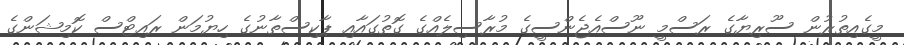
މީގެއިތުރުން ސޫރިޔާގެ ރަސްމީ ނޫސްއެޖެންސީގެ މުރާސިލެއްގެ ގޮތުގައާއި ޕާކިސްތާނުގެ ހިޔުމަން ރައިޓްސް ކޮމިޝަންގެ